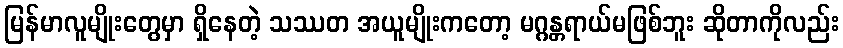
မြန်မာလူမျိုးတွေမှာ ရှိနေတဲ့ သဿတ အယူမျိုးကတော့ မဂ္ဂန္တရာယ်မဖြစ်ဘူး ဆိုတာကိုလည်း